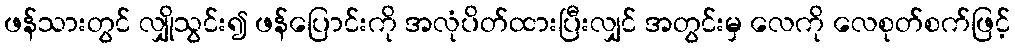
ဖန်သားတွင် လျှိုသွင်း၍ ဖန်ပြောင်းကို အလုံပိတ်ထားပြီးလျှင် အတွင်းမှ လေကို လေစုတ်စက်ဖြင့်